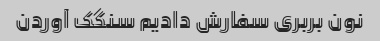
نون بربری سفارش دادیم سنگک آوردن